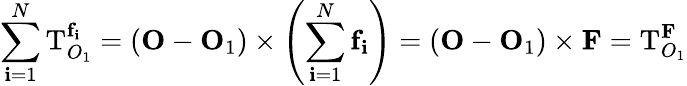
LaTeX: \sum_{\mathbf{i}=1}^{N}\mathbf{{\mathrm{{T}}}}_{O_{1}}^{\mathbf{{f}}_{\mathbf{i}}}=(\mathbf{{O}}-\mathbf{{O}}_{1})\times\left(\sum_{\mathbf{i}=1}^{N}\mathbf{{f}}_{\mathbf{i}}\right)=(\mathbf{{O}}-\mathbf{{O}}_{1})\times\mathbf{{F}}=\mathbf{{\mathrm{{T}}}}_{O_{1}}^{\mathbf{{F}}}